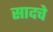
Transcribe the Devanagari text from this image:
सादचे